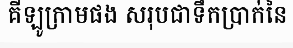
គីឡូក្រាមផង សរុបជាទឹកប្រាក់នៃ